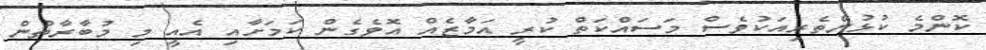
ކޮންމެ ކުޅުންތެރިއަކުވެސް މަސައްކަތް ކުރީ އަމާޒެއް އޮވެގެން ކަމަށާއި އެއީ މި މުބާރާތުން